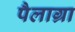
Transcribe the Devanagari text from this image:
पैलाग्रा